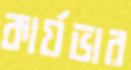
কার্যভার